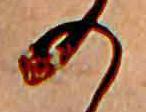
の